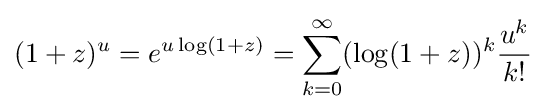
(1+z)^{u}=e^{u\log(1+z)}=\sum _{k=0}^{\infty }(\log(1+z))^{k}{\frac {u^{k}}{k!}}